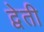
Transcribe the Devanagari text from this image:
द्वेती